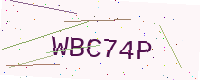
Text: WBC74P